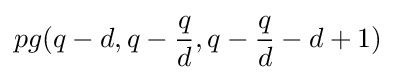
pg(q-d,q-{\frac {q}{d}},q-{\frac {q}{d}}-d+1)